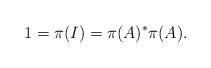
LaTeX: \begin{align*}1 = \pi(I) = \pi(A)^* \pi(A). \end{align*}